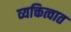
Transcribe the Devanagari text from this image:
व्यक्तित्वात